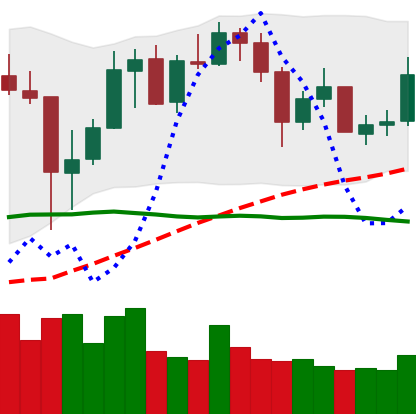
Ticker: XMR-USD
Chart end date: 2020-05-27
Forward return: 4.785%
Label: up_3_5